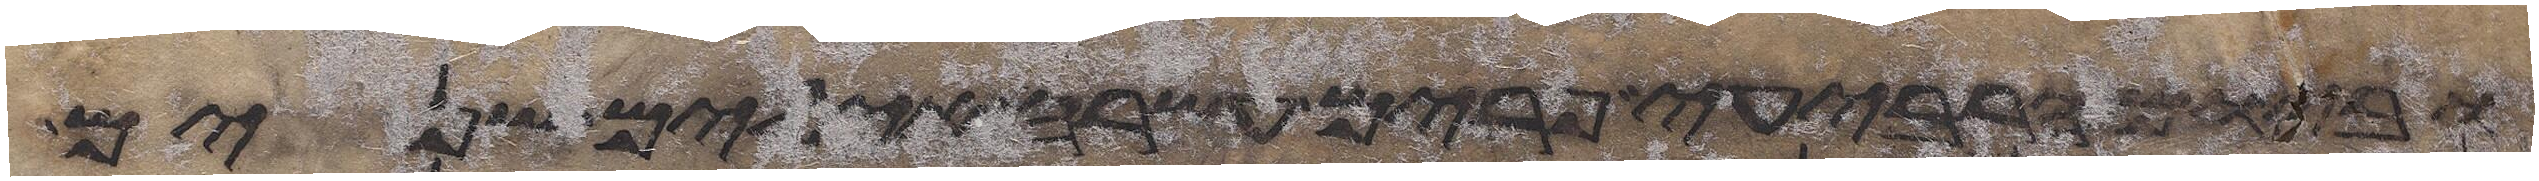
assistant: וביום הרביעי פרים עשרה אילים שנים